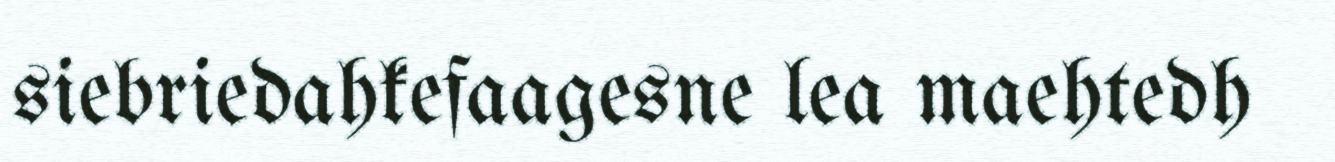
siebriedahkefaagesne lea maehtedh